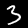
Digit: 3